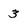
Character: 3